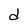
Character: d